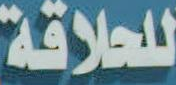
للحلاقة